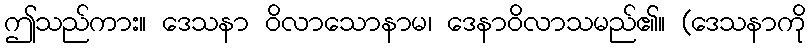
ဤသည်ကား။ ဒေသနာ ဝိလာသောနာမ၊ ဒေနာဝိလာသမည်၏။ (ဒေသနာကို